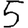
Digit: 5